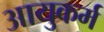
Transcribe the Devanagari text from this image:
आयुकर्म